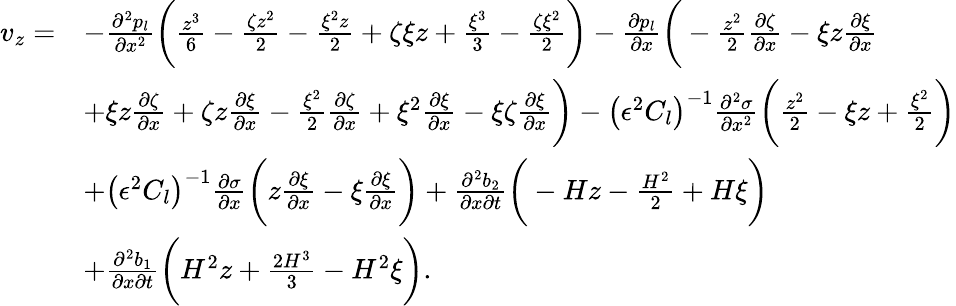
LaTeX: \begin{array}{rl}{v_{z}=}&{-\frac{\partial^{2}p_{l}}{\partial x^{2}}\bigg(\frac{z^{3}}{6}-\frac{\zeta z^{2}}{2}-\frac{\xi^{2}z}{2}+\zeta\xi z+\frac{\xi^{3}}{3}-\frac{\zeta\xi^{2}}{2}\bigg)-\frac{\partial p_{l}}{\partial x}\bigg(-\frac{z^{2}}{2}\frac{\partial\zeta}{\partial x}-\xi z\frac{\partial\xi}{\partial x}}\\ &{+\xi z\frac{\partial\zeta}{\partial x}+\zeta z\frac{\partial\xi}{\partial x}-\frac{\xi^{2}}{2}\frac{\partial\zeta}{\partial x}+\xi^{2}\frac{\partial\xi}{\partial x}-\xi\zeta\frac{\partial\xi}{\partial x}\bigg)-\left(\epsilon^{2}C_{l}\right)^{-1}\frac{\partial^{2}\sigma}{\partial x^{2}}\bigg(\frac{z^{2}}{2}-\xi z+\frac{\xi^{2}}{2}\bigg)}\\ &{+\left(\epsilon^{2}C_{l}\right)^{-1}\frac{\partial\sigma}{\partial x}\bigg(z\frac{\partial\xi}{\partial x}-\xi\frac{\partial\xi}{\partial x}\bigg)+\frac{\partial^{2}b_{2}}{\partial x\partial t}\bigg(-Hz-\frac{H^{2}}{2}+H\xi\bigg)}\\ &{+\frac{\partial^{2}b_{1}}{\partial x\partial t}\bigg(H^{2}z+\frac{2H^{3}}{3}-H^{2}\xi\bigg).}\end{array}